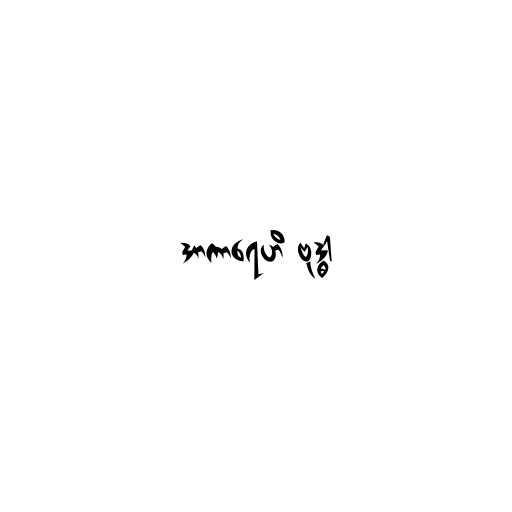
အာကာရေဟိ ဗုဒ္ဓါ